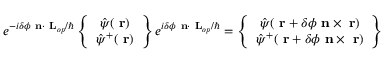
e ^ { - i \delta \phi \mathrm { \bf ~ n } \cdot \mathrm { \bf ~ L } _ { o p } / \hbar } \left\{ \begin{array} { c } { \hat { \psi } ( \mathrm { \bf ~ r } ) } \\ { \hat { \psi } ^ { + } ( \mathrm { \bf ~ r } ) } \end{array} \right\} e ^ { i \delta \phi \mathrm { \bf ~ n } \cdot \mathrm { \bf ~ L } _ { o p } / \hbar } = \left\{ \begin{array} { c } { \hat { \psi } ( \mathrm { \bf ~ r } + \delta \phi \mathrm { \bf ~ n } \times \mathrm { \bf ~ r } ) } \\ { \hat { \psi } ^ { + } ( \mathrm { \bf ~ r } + \delta \phi \mathrm { \bf ~ n } \times \mathrm { \bf ~ r } ) } \end{array} \right\}